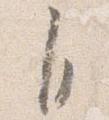
自